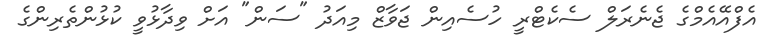
އެފްއޭއެމްގެ ޖެނެރަލް ސެކެޓްރީ ހުސެއިން ޖަވާޒް މިއަދު "ސަން" އަށް ވިދާޅުވީ ކުޅުންތެރިންގެ